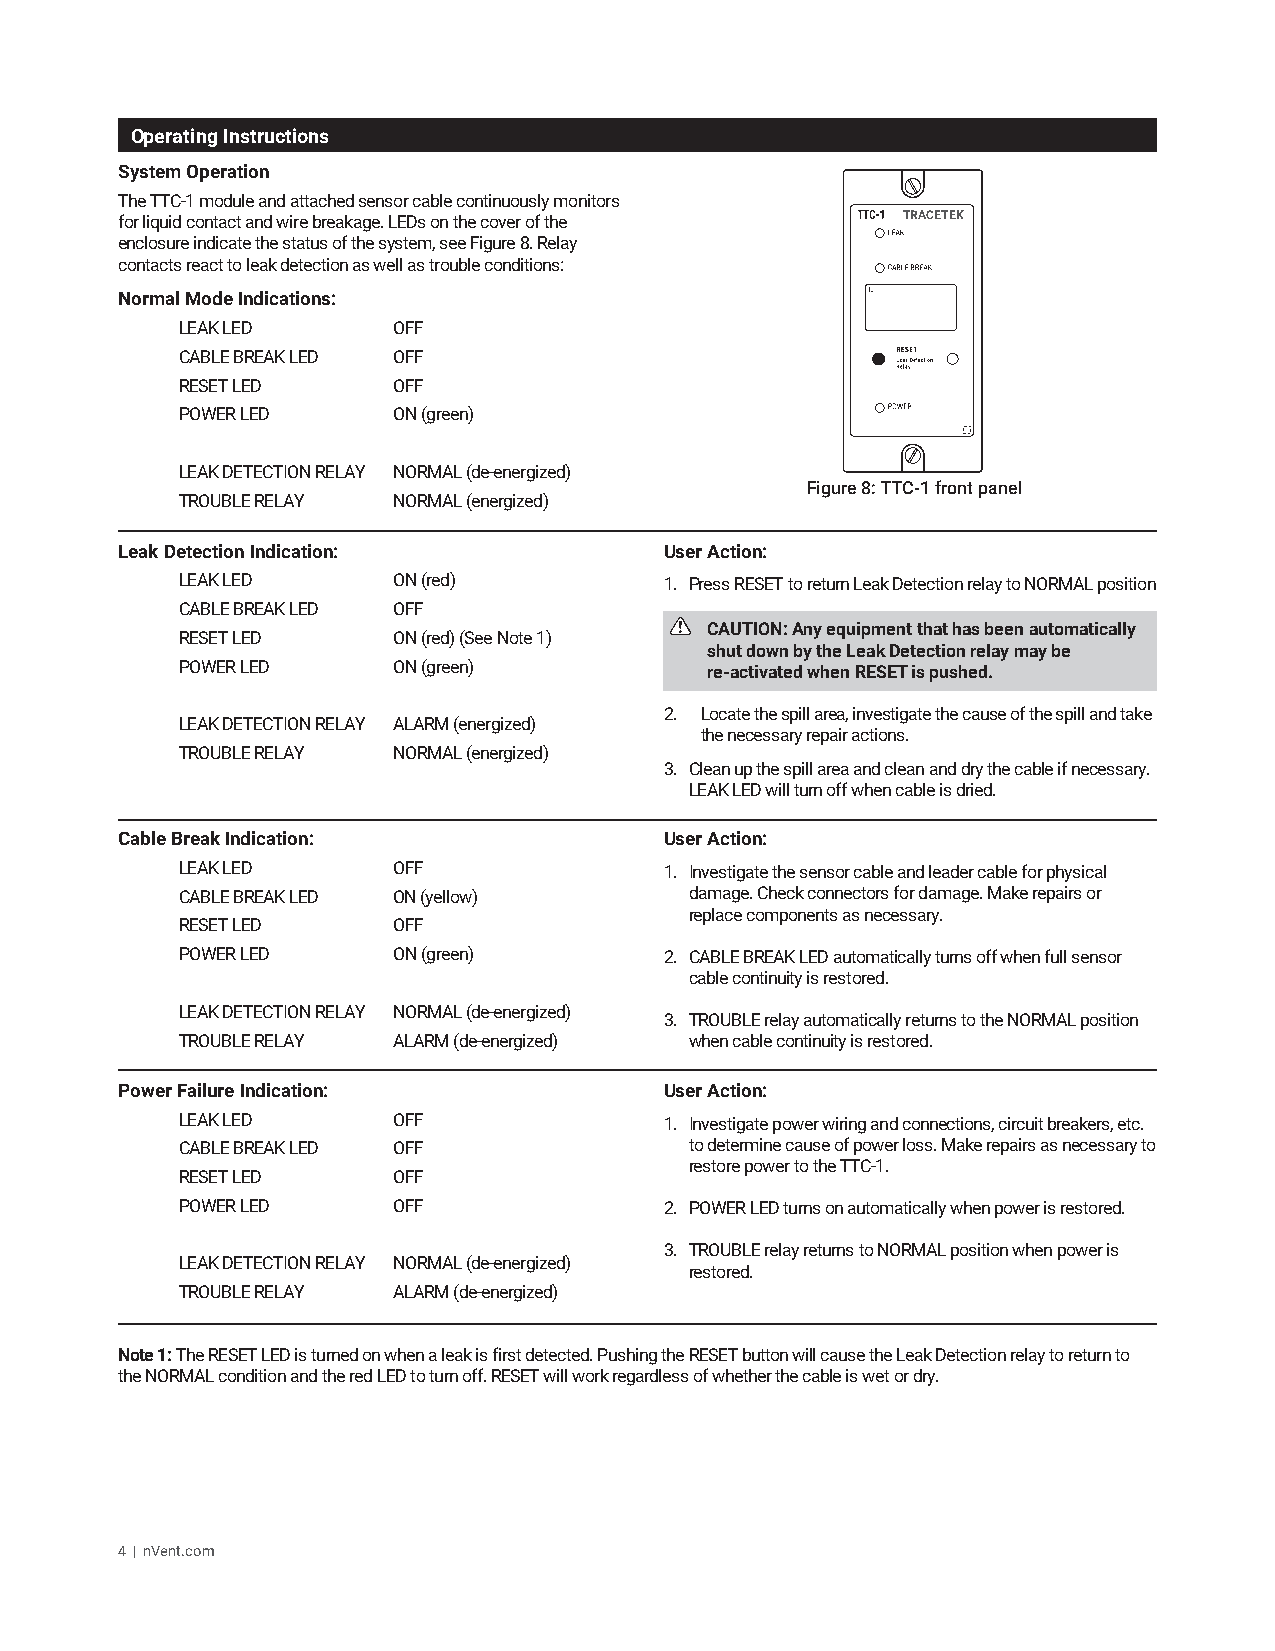
Operating Instructions
 System Operation
 The TTC-1 module and attached sensor cable continuously monitors
 for liquid contact and wire breakage. LEDs on the cover of the TRACETEK
 enclosure indicate the status of the system, see Figure 8. Relay
 contacts react to leak detection as well as trouble conditions:
 Normal Mode Indications:
 LEAK LED      OFF
 CABLE BREAK LED OFF
 RESET LED     OFF
 POWER LED     ON (green)
 LEAK DETECTION RELAY NORMAL (de-energized)
 Figure 8: TTC-1 front panel
 TROUBLE RELAY NORMAL (energized)
 Leak Detection Indication:          User Action:
 LEAK LED      ON (red)          1. Press RESET to return Leak Detection relay to NORMAL position
 CABLE BREAK LED OFF
 CAUTION: Any equipment that has been automatically
 RESET LED     ON (red) (See Note 1)
 shut down by the Leak Detection relay may be
 POWER LED     ON (green)           re-activated when RESET is pushed.
 2. Locate the spill area, investigate the cause of the spill and take
 LEAK DETECTION RELAY ALARM (energized)
 the necessary repair actions.
 TROUBLE RELAY NORMAL (energized)
 3. Clean up the spill area and clean and dry the cable if necessary.
 LEAK LED will turn off when cable is dried.
 Cable Break Indication:             User Action:
 LEAK LED      OFF               1. Investigate the sensor cable and leader cable for physical
 CABLE BREAK LED ON (yellow)       damage. Check connectors for damage. Make repairs or
 replace components as necessary.
 RESET LED     OFF
 POWER LED     ON (green)        2. CABLE BREAK LED automatically turns off when full sensor
 cable continuity is restored.
 LEAK DETECTION RELAY NORMAL (de-energized)
 3. TROUBLE relay automatically returns to the NORMAL position
 TROUBLE RELAY ALARM (de-energized) when cable continuity is restored.
 Power Failure Indication:           User Action:
 LEAK LED      OFF               1. Investigate power wiring and connections, circuit breakers, etc.
 CABLE BREAK LED OFF               to determine cause of power loss. Make repairs as necessary to
 restore power to the TTC-1.
 RESET LED     OFF
 POWER LED     OFF               2. POWER LED turns on automatically when power is restored.
 3. TROUBLE relay returns to NORMAL position when power is
 LEAK DETECTION RELAY NORMAL (de-energized)
 restored.
 TROUBLE RELAY ALARM (de-energized)
 Note 1: The RESET LED is turned on when a leak is first detected. Pushing the RESET button will cause the Leak Detection relay to return to
 the NORMAL condition and the red LED to turn off. RESET will work regardless of whether the cable is wet or dry.
 4 | nVent.com